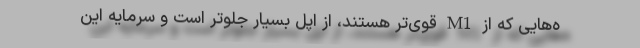
ه‌هایی که از M1 قوی‌تر هستند، از اپل بسیار جلوتر است و سرمایه این